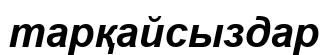
тарқайсыздар